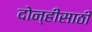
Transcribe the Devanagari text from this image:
दोन्हींसाठी